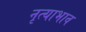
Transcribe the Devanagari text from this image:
नृत्याभाव